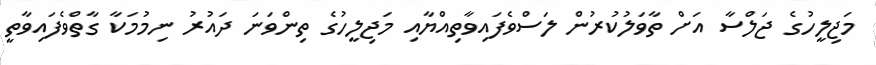
މަޖިލީހުގެ ޖަލްސާ އަށް ތާވަލުކުރުން ލަސްވެފައިވާތިއްޔާއި މަޖިލީހުގެ ތިންވަނަ ދައުރު ނިމުމަކާ ގާތްވެފައިވާތީ